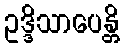
ဥဒ္ဒိသာပေန္တိ